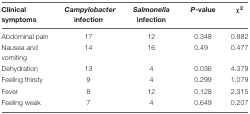
<table><thead><tr><td><b>Clinical symptoms</b></td><td><b><i>Campylobacter</i> infection</b></td><td><b><i>Salmonella</i> infection</b></td><td><b><i>P</i>-value</b></td><td><b>χ<sup>2</sup></b></td></tr></thead><tbody><tr><td>Abdominal pain</td><td>17</td><td>12</td><td>0.348</td><td>0.882</td></tr><tr><td>Nausea and vomiting</td><td>14</td><td>16</td><td>0.49</td><td>0.477</td></tr><tr><td>Dehydration</td><td>13</td><td>4</td><td>0.036</td><td>4.379</td></tr><tr><td>Feeling thirsty</td><td>9</td><td>4</td><td>0.299</td><td>1.079</td></tr><tr><td>Fever</td><td>8</td><td>12</td><td>0.128</td><td>2.315</td></tr><tr><td>Feeling weak</td><td>7</td><td>4</td><td>0.649</td><td>0.207</td></tr></tbody></table>